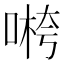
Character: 𱓭